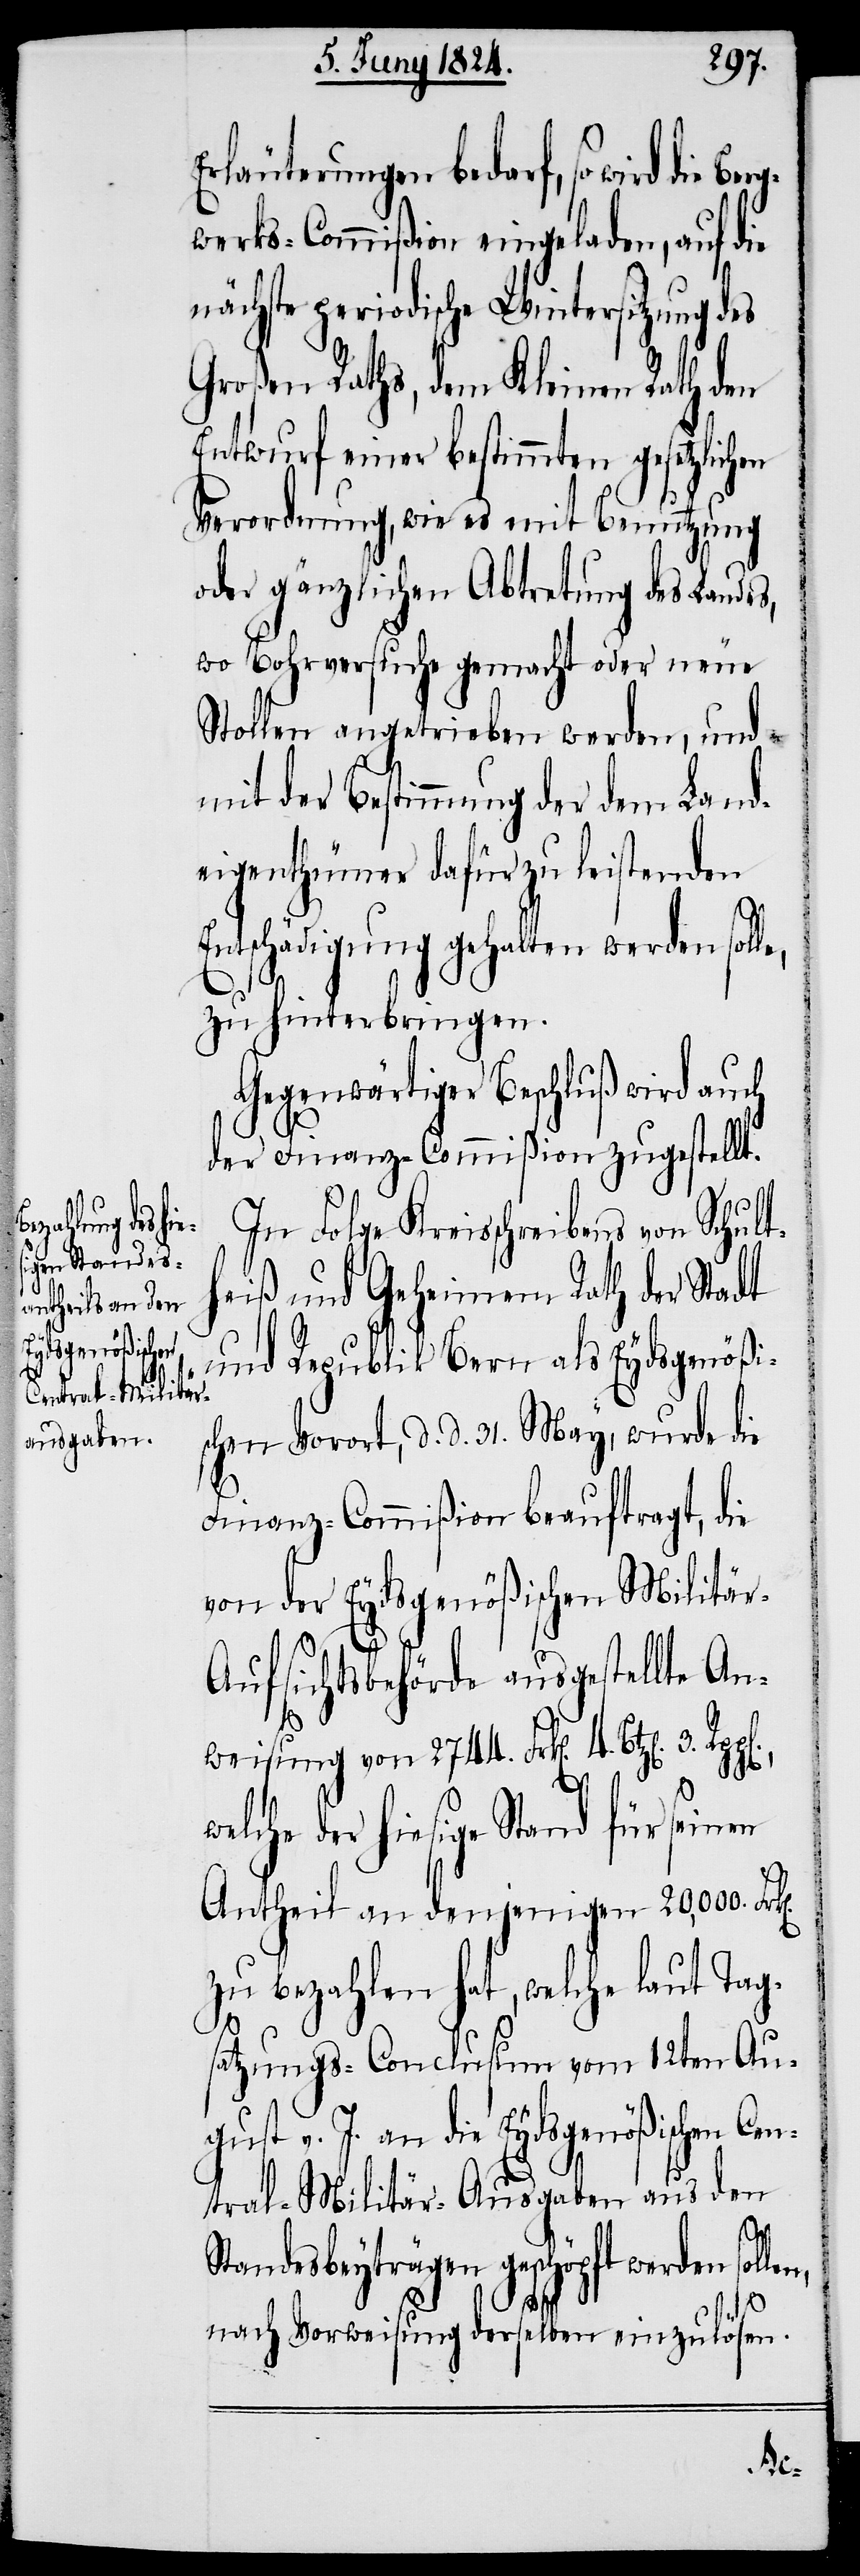
welche der hi¬

Erläuterungen bedarf, so wird die
werks-Commißion eingeladen, auf die
nächste periodische Wintersitzung des
Großen Raths, dem Kleinen Rath den
Entwurf einer bestimmten gesetzlichen
Verordnung, wie es mit Benutzung
oder gänzlichen Abtretung des Landes,
wo Bohrversuche gemacht oder neue
Stollen angetrieben werden, und
mit der Bestimmung der dem Land¬
eigenthümer dafür zu leistenden
Entschädigung gehalten werden soll¬
zu hinterbringen.
Gegenwärtiger Beschluß wird auch
der Finanz-Commißion zugestellt.
In Folge Kreisschreiben von Schulth¬
eiß und Geheimen Rath der Stadt
und Republik Bern als Eydsgenößi¬
hen Vorort, d. d. 31. May, wurde die
Finanz-Commißion beauftragt, die
von der Eydsgenößischen Militä¬
n,
ufsichtsbehörde ausgestellte An¬
weisung von 2744. Frk[en]. 4. Btz[e¬
esige Stand für seinen
Antheil an denjenigen 20'000 Frk[e¬
zu bezahlen hat, welche laut Tag¬
satzungs-Conclusum vom 12ten Aug¬
ust v. J. an die Eydsgenößischen Ce¬
ntral-Militär-Ausgaben aus den
3.
Standesbeyträgen geschöpft werden solle¬
nach Vorweisung derselben einzulösen.
sc¬